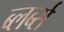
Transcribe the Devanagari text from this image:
ब्लर्ब्स